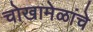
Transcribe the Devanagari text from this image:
चोखामेळांचे